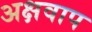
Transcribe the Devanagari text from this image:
अक्षवाप